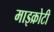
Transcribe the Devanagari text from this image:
माइक्रोटी